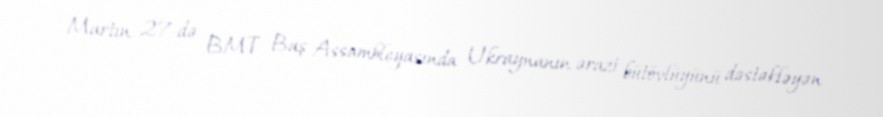
Martın 27-də BMT Baş Assambleyasında Ukraynanın ərazi bütövlüyünü dəstəkləyən